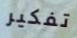
تفكير